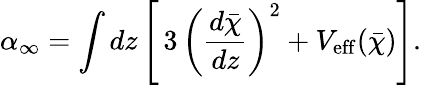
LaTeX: \alpha_{\infty}=\int dz\left[\, 3\, \left(\frac{d\bar{\chi}}{dz}\right)^{2}+V_{\mathrm{eff}}(\bar{\chi})\right].